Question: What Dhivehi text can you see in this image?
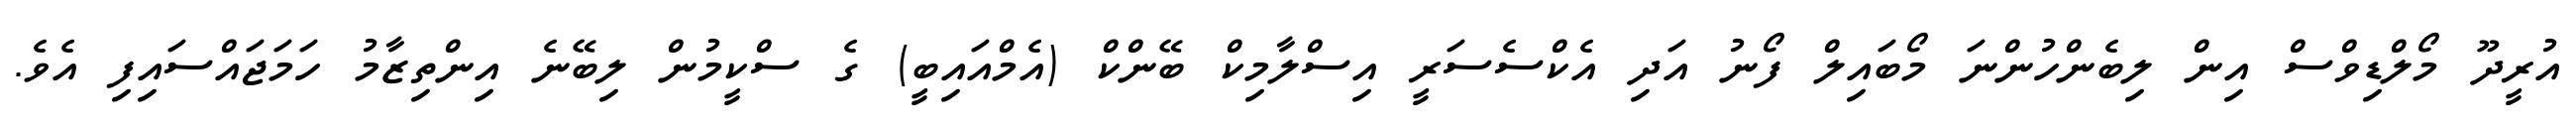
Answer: އުރީދޫ މޯލްޑިވްސް އިން ލިބެންހުންނަ މޯބައިލް ފޯނު އަދި އެކްސެސަރީ އިސްލާމިކް ބޭންކް (އެމްއައިބީ) ގެ ސްކީމުން ލިބޭނެ އިންތިޒާމު ހަމަޖައްސައިފި އެވެ.